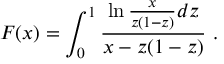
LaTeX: { \cal F } ( x ) = \int _ { 0 } ^ { 1 } { \frac { \ln \frac { x } { z ( 1 - z ) } d z } { x - z ( 1 - z ) } } \ .